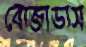
বোজাডাস